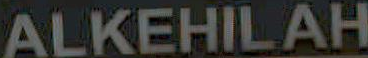
ALKEHILAH